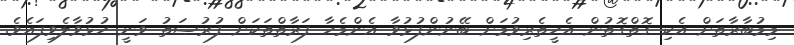
މިމުބާރާތަށް އެކި ގޮތްގޮތުން އެހީތެރިވުމަށް ބޭނުންފުޅުވާ އެންމެހާ ފަރާތްތަކަށް ފުރުޞަތު ވަނީ ހުޅުވާލެވިފައެވެ.